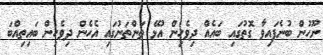
ނޫހުން ބުނެފައިވާ ގޮތުގައި ބައެއް ދިވެހިން އުޅޭ ތަންތަނުގައި އެހެން ދިވެހިން ބައިތިއްބަ